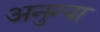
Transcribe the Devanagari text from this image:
अनुग्या